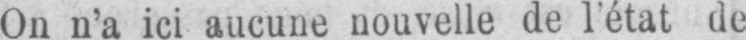
On n’a ici aucune nouvelle de l’état de